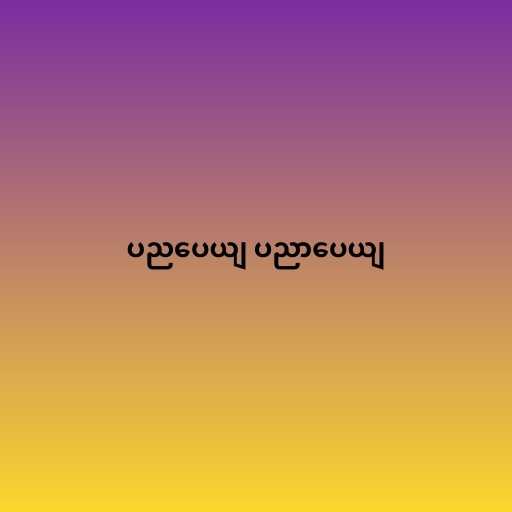
ပညပေယျ ပညာပေယျ